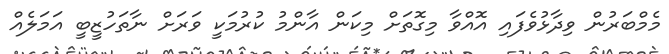
މެމްބަރުން ވިދާޅުވެފައި އޮއްވާ މިގޮތަށް މިކަން އާންމު ކުރުމަކީ ވަރަށް ނާތަހުޒީބީ އަމަލެއް